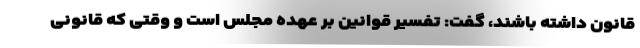
قانون داشته باشند، گفت: تفسیر قوانین بر عهده مجلس است و وقتی که قانونی